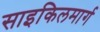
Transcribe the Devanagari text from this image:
साइकिलमार्ग